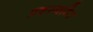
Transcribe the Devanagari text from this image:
प्रशस्यमित्र